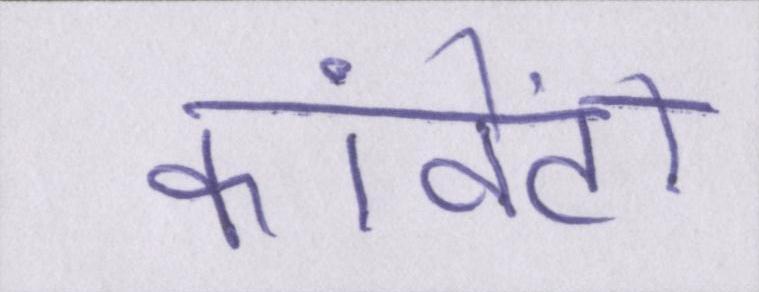
कांवेंटों